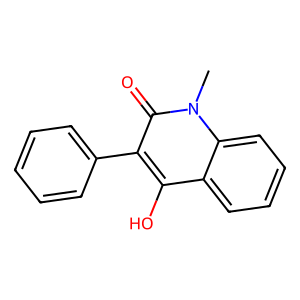
SMILES: Cn1c(=O)c(-c2ccccc2)c(O)c2ccccc21
Inhibits HIV replication: No